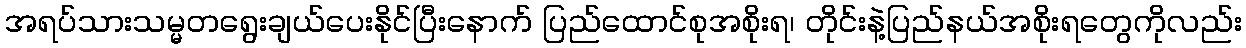
အရပ်သားသမ္မတရွေးချယ်ပေးနိုင်ပြီးနောက် ပြည်ထောင်စုအစိုးရ၊ တိုင်းနဲ့ပြည်နယ်အစိုးရတွေကိုလည်း